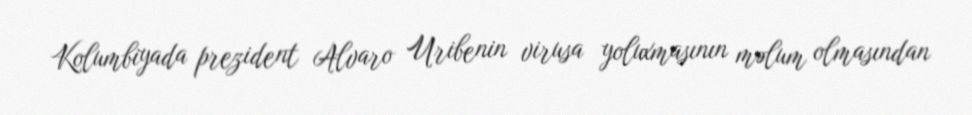
Kolumbiyada prezident Alvaro Uribenin virusa yoluxmasının məlum olmasından